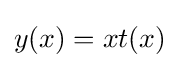
y(x)=xt(x)